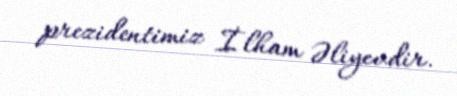
prezidentimiz İlham Əliyevdir.